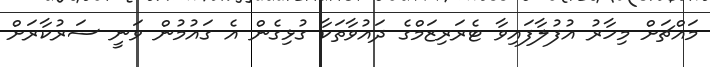
މައްޗަށް މިހާރު އުފުލާފައިވާ ޓެރަރިޒަމްގެ ދައުވާތަކާ ގުޅިގެން އެ ގައުމުން ވަނީ ސަރުކާރަށް